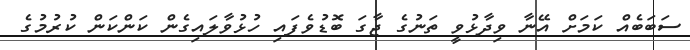
ސަބަބެއް ކަމަށް އޭނާ ވިދާޅުވީ ތަނުގެ ޖާގަ ބޮޑުވެފައި ހުޅުވާލައިގެން ކަންކަން ކުރުމުގެ